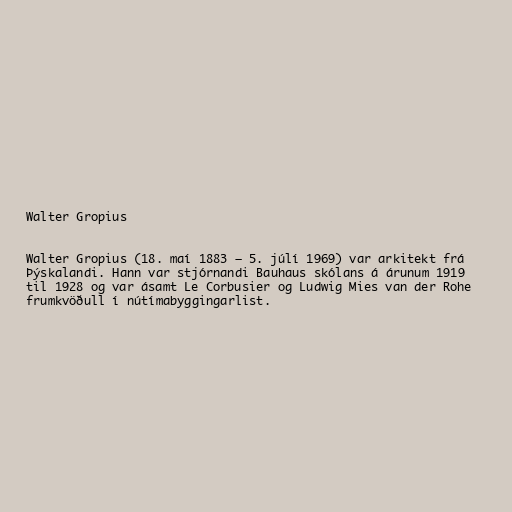
Walter Gropius

Walter Gropius (18. maí 1883 – 5. júlí 1969) var arkitekt frá
Þýskalandi. Hann var stjórnandi Bauhaus skólans á árunum 1919
til 1928 og var ásamt Le Corbusier og Ludwig Mies van der Rohe
frumkvöðull í nútímabyggingarlist.